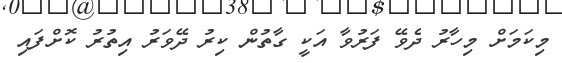
މިކަމަށް މިހާރު ދެވޭ ފަރުވާ އަކީ ގާތުން ކިރު ދޭވަރު އިތުރު ކޮށްފައި